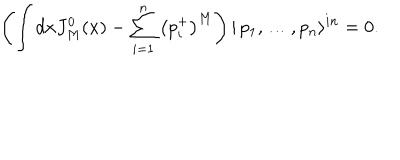
\left( \int d x J _ { M } ^ { 0 } ( x ) - \sum _ { i = 1 } ^ { n } \left( p _ { i } ^ { + } \right) ^ { M } \right) | \, p _ { 1 } , \dots , p _ { n } \rangle ^ { i n } = 0 .